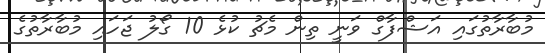
މުބާރާތުގައި އަޝްފާގް ވަނީ ތިން މެޗު ކުޅެ 10 ގޯލު ޖަހައި މުބާރާތުގެ